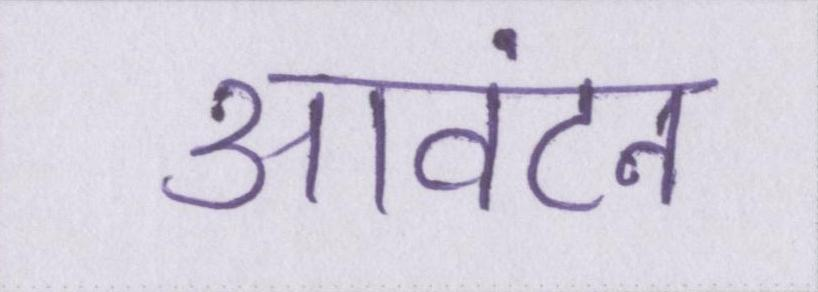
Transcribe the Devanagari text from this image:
आवंटन